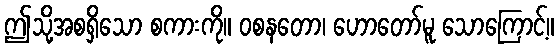
ဤသို့အစရှိသော စကားကို။ ဝစနတော၊ ဟောတော်မူ သောကြောင့်။